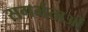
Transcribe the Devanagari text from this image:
सगर्भताओं